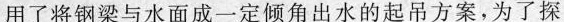
用了将钢梁与水面成一定倾角出水的起吊方案，为了探